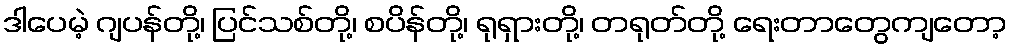
ဒါပေမဲ့ ဂျပန်တို့၊ ပြင်သစ်တို့၊ စပိန်တို့၊ ရုရှားတို့၊ တရုတ်တို့ ရေးတာတွေကျတော့